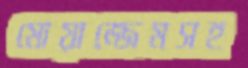
মোয়াজ্জেমসহ